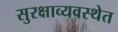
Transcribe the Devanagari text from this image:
सुरक्षाव्यवस्थेत